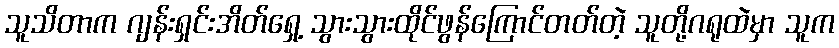
သူသိတာက ဂျန်းရှင်းအိတ်ရှေ့ သွားသွားထိုင်ဖွန်ကြောင်တတ်တဲ့ သူတို့ဂရုထဲမှာ သူက